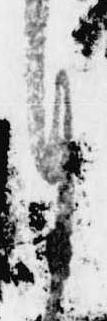
月